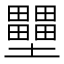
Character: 壨